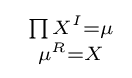
\ {\begin{smallmatrix}\prod X^{I}=\mu \\\mu ^{R}=X\end{smallmatrix}}